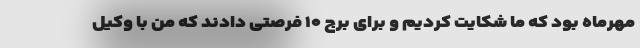
مهرماه بود که ما شکایت کردیم و برای برج ۱۰ فرصتی دادند که من با وکیل